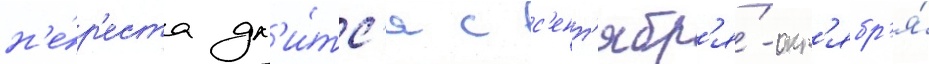
н'е́р'еста дл'и́тс'я с с'ент'ябр'я́-окт'ябр'я́